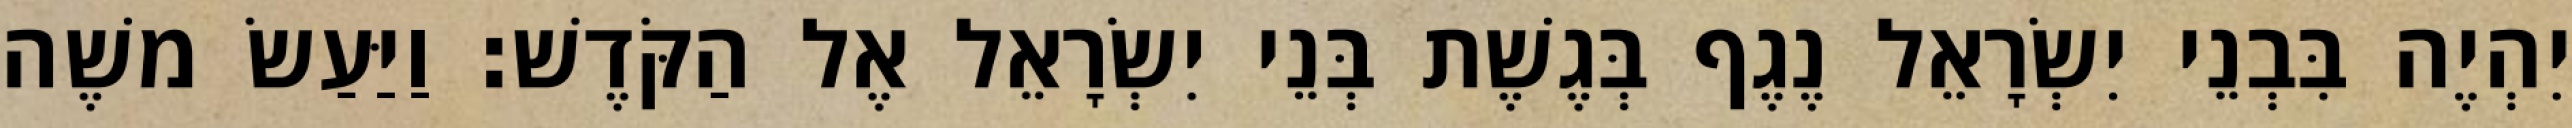
יִהְיֶה בִּבְנֵי יִשְׂרָאֵל נֶגֶף בְּגֶשֶׁת בְּנֵי יִשְׂרָאֵל אֶל הַקֹּדֶשׁ׃ וַיַּעַשׂ משֶׁה